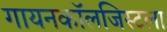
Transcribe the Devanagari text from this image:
गायनकॉलजिस्टला